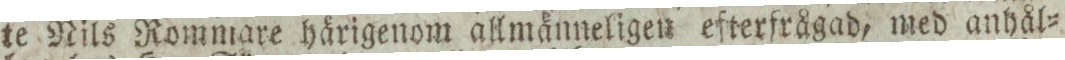
te Nils Rommare härigenom allmänneligen efterfrågad, med anhål=